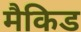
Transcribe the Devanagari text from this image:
मैकिड